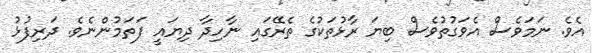
އެވެ. ނަމަވެސް އެވަގުތުވެސް ބިޔަ ރާޅުތަކުގެ ތެރޭގައި ނާހިދާ ދިޔައީ ފަތަމުންނެވެ. ދަރިފުޅު